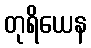
တုရိယေန